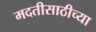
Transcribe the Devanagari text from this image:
मदतीसाठीच्या